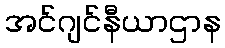
အင်ဂျင်နီယာဌာန